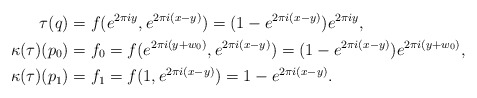
\begin{align*}\tau(q)&=f(e^{2\pi i y},e^{2 \pi i (x-y)})=(1-e^{2 \pi i (x-y)})e^{2\pi i y},\\\kappa(\tau)(p_0)&=f_0=f(e^{2\pi i (y+w_0)},e^{2 \pi i (x-y)})=(1-e^{2 \pi i (x-y)})e^{2\pi i (y+w_0)},\\\kappa(\tau)(p_1)&=f_1=f(1,e^{2 \pi i (x-y)})=1-e^{2 \pi i (x-y)}.\end{align*}